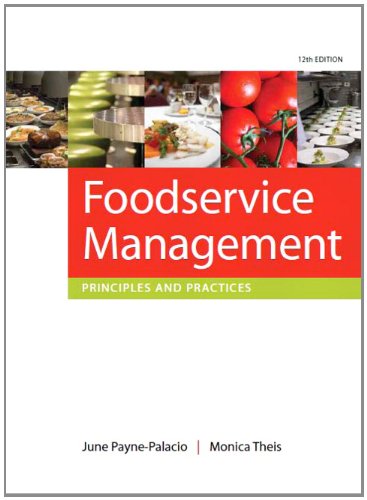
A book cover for Foodservice Management: Principles and Practices (12th Edition); June Payne-Palacio Ph.D.  RD; Cookbooks, Food & Wine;